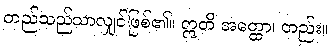
တည်သည်သာလျှင်ဖြစ်၏။ ဣတိ အတ္ထော၊ တည်း။